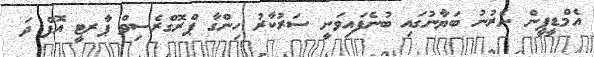
އެމްޑީޕީން ނެރުނު ބަޔާނުގައި ބުނެފައިވަނީ ސަރުކާރު ހިންގާ ޕްރޮގްރެސިވް ޕާރޓީ އޮފް ދަ